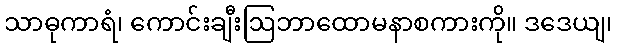
သာဓုကာရံ၊ ကောင်းချီးဩဘာထောမနာစကားကို။ ဒဒေယျ၊